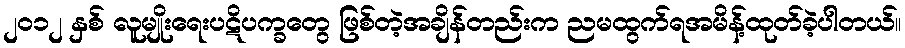
၂၀၁၂ နှစ် လူမျိုးရေးပဋိပက္ခတွေ ဖြစ်တဲ့အချိန်တည်းက ညမထွက်ရအမိန့်ထုတ်ခဲ့ပါတယ်။